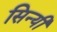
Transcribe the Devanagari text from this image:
सिन्यी